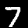
Label: 7